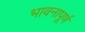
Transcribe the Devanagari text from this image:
भावनापूर्ण